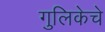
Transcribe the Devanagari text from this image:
गुलिकेचे